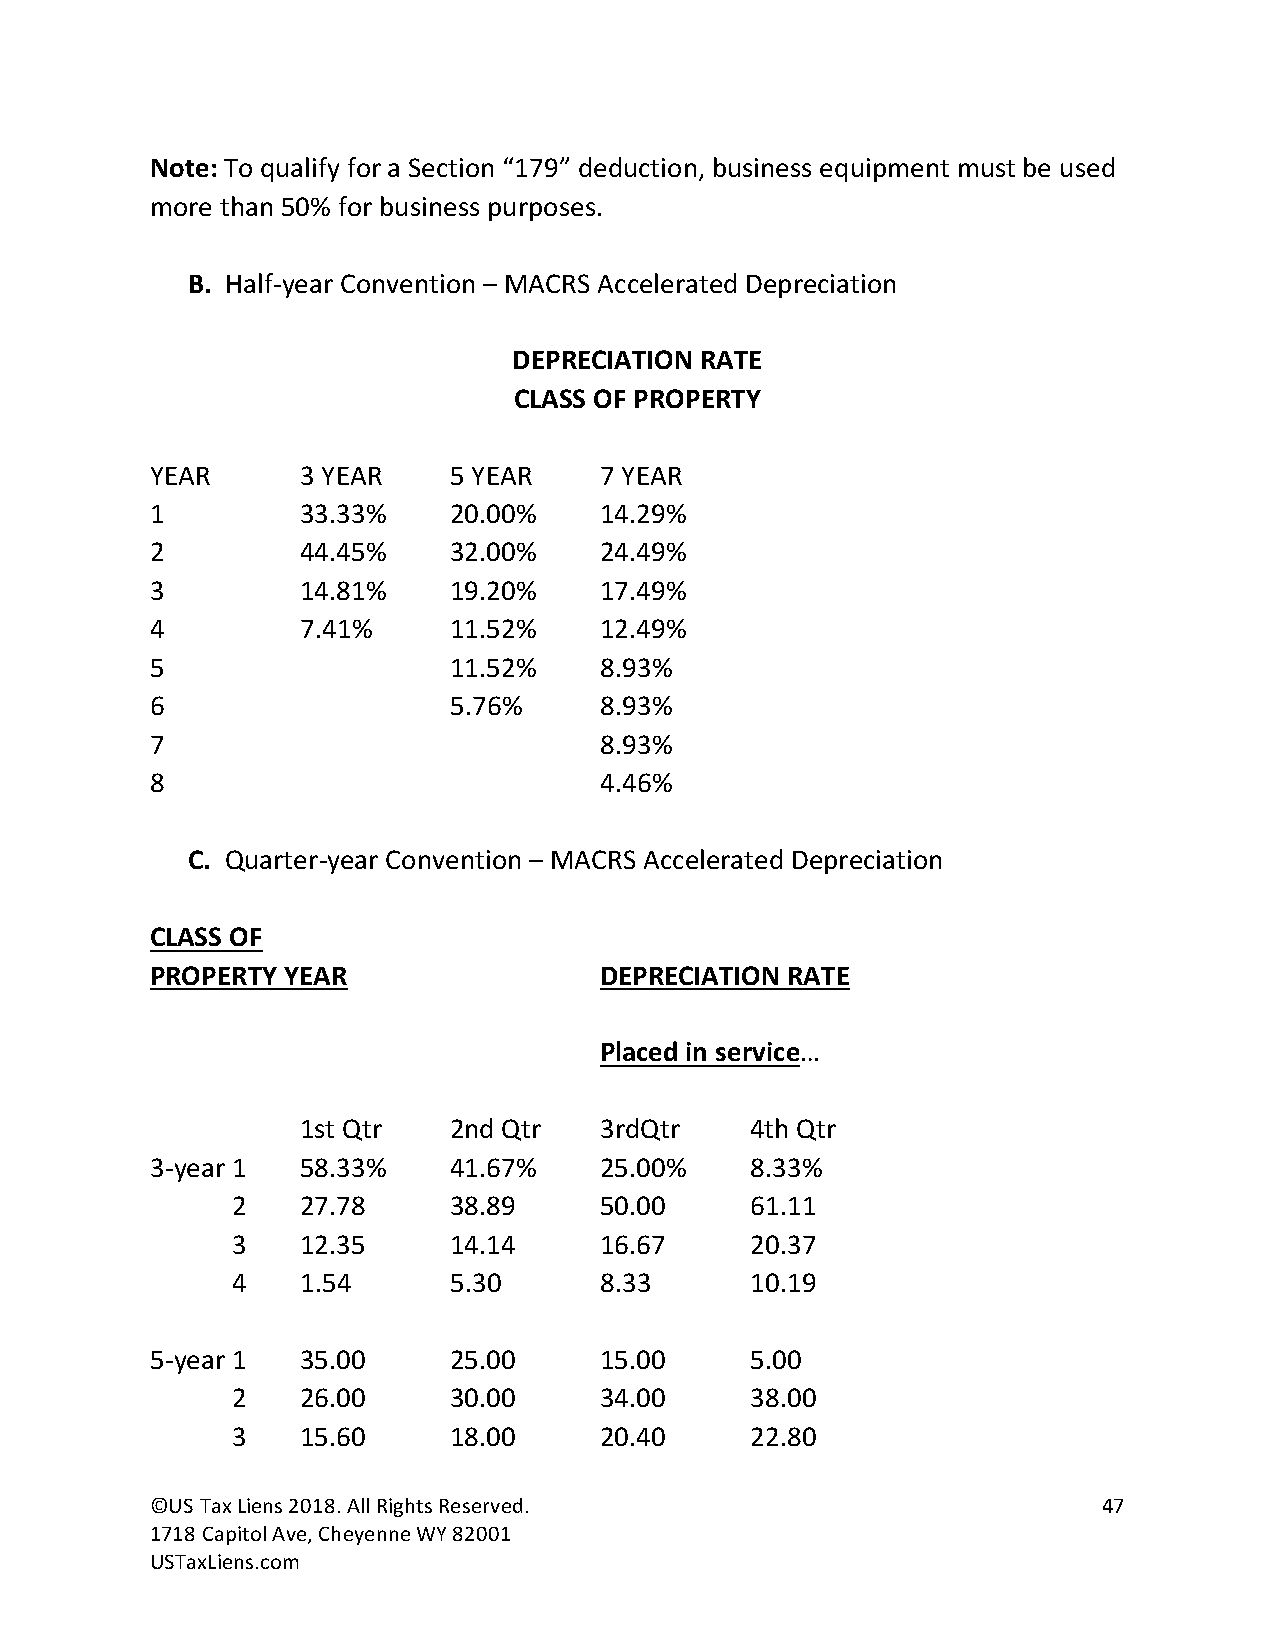
Note: To qualify for a Section “179” deduction, business equipment must be used
 more than 50% for business purposes.
 B. Half-year Convention – MACRS Accelerated Depreciation
 DEPRECIATION RATE
 CLASS OF PROPERTY
 YEAR      3 YEAR    5 YEAR    7 YEAR
 1         33.33%    20.00%    14.29%
 2         44.45%    32.00%    24.49%
 3         14.81%    19.20%    17.49%
 4         7.41%     11.52%    12.49%
 5                   11.52%    8.93%
 6                   5.76%     8.93%
 7                             8.93%
 8                             4.46%
 C. Quarter-year Convention – MACRS Accelerated Depreciation
 CLASS OF
 PROPERTY YEAR                 DEPRECIATION RATE
 Placed in service…
 1st Qtr   2nd Qtr   3rdQtr    4th Qtr
 3-year 1  58.33%    41.67%    25.00%    8.33%
 2    27.78     38.89     50.00     61.11
 3    12.35     14.14     16.67     20.37
 4    1.54      5.30      8.33      10.19
 5-year 1  35.00     25.00     15.00     5.00
 2    26.00     30.00     34.00     38.00
 3    15.60     18.00     20.40     22.80
 ©US Tax Liens 2018. All Rights Reserved.                       47
 1718 Capitol Ave, Cheyenne WY 82001
 USTaxLiens.com